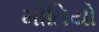
મોતિયો